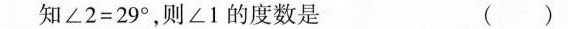
知∠2=29°，则∠1的度数是 ()